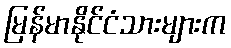
မြန်မာနိုင်ငံသားများက